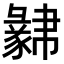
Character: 𧲁